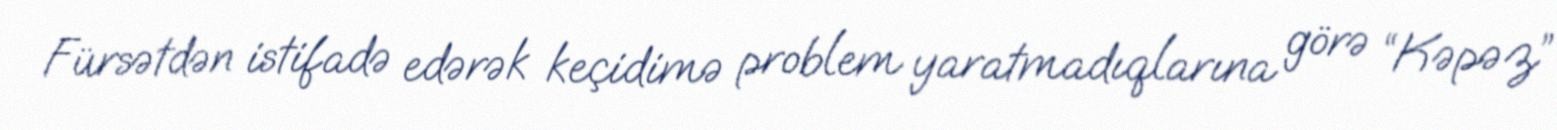
Fürsətdən istifadə edərək keçidimə problem yaratmadıqlarına görə “Kəpəz”